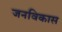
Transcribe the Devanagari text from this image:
जनविकास